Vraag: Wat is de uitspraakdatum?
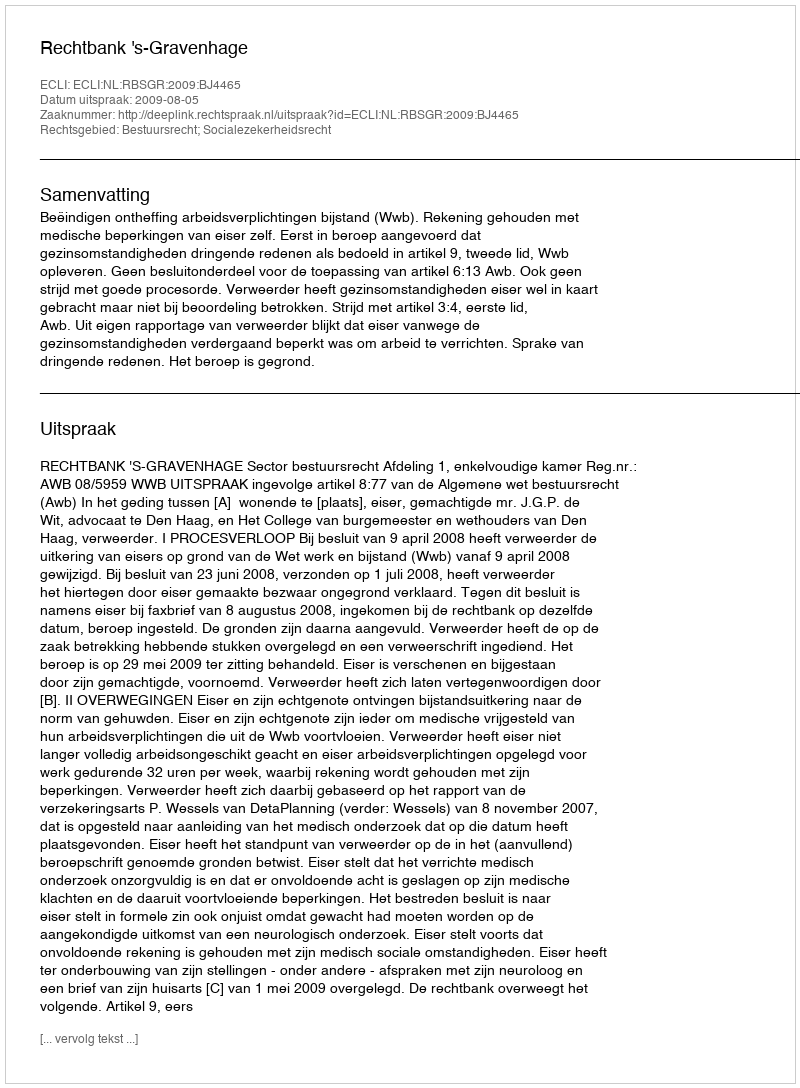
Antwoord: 2009-08-05